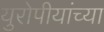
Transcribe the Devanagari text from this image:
युरोपीयांच्या